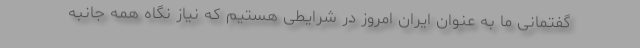
گفتمانی ما به عنوان ایران امروز در شرایطی هستیم که نیاز نگاه همه جانبه